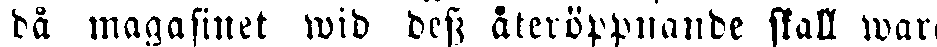
då magasinet wid dess återöppnande skall war